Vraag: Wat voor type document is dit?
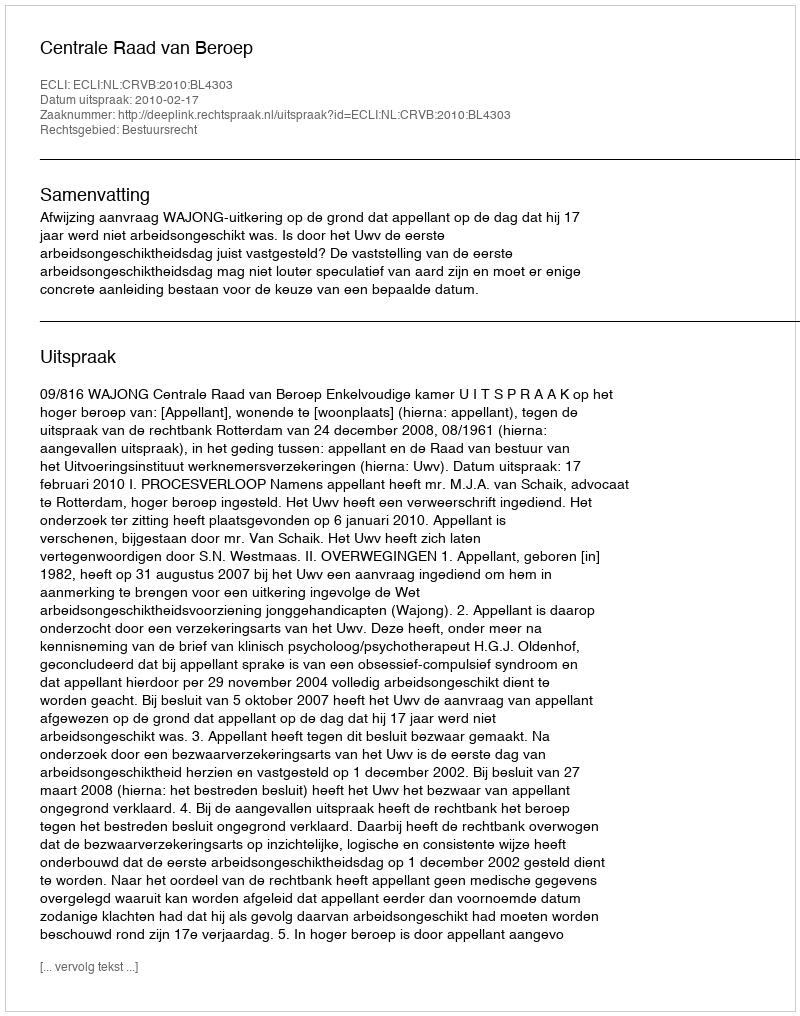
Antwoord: Uitspraak